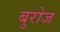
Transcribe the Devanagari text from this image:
बुरोज